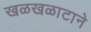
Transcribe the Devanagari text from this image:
खळखळाटाने